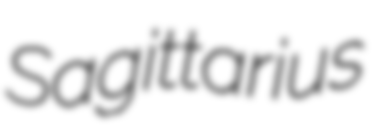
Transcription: Sagittarius